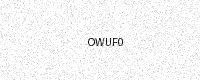
Text: OWUF0